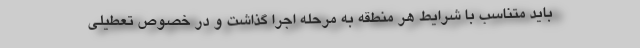
باید متناسب با شرایط هر منطقه به مرحله اجرا گذاشت و در خصوص تعطیلی